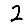
Digit: 2